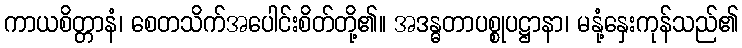
ကာယစိတ္တာနံ၊ စေတသိက်အပေါင်းစိတ်တို့၏။ အဒန္ဓတာပစ္စုပဋ္ဌာနာ၊ မနုံ့နှေးကုန်သည်၏